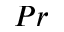
P r